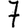
Digit: 7